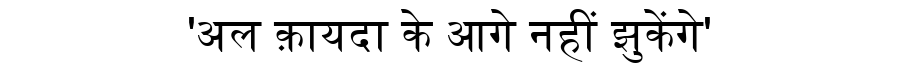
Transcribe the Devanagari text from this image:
'अल क़ायदा के आगे नहीं झुकेंगे'